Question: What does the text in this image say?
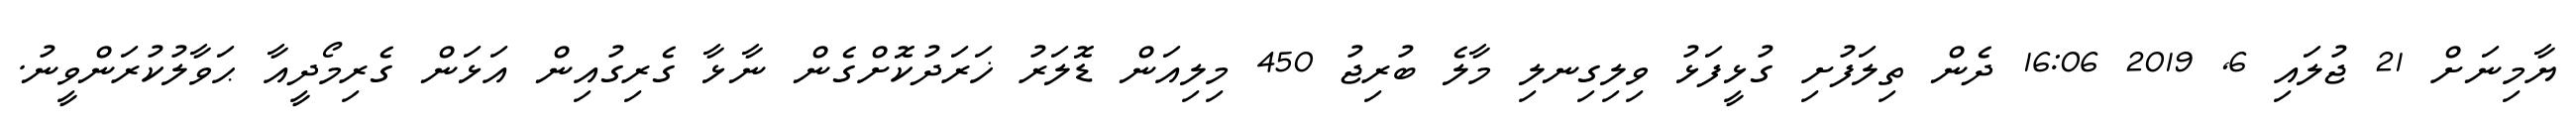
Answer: ޔާމިނަށް 21 ޖުލައި 6, 2019 16:06 ދެން ތިލަފުށި ގުޅީފަޅު ވިލިގިނލި މާލެ ބުރިޖު 450 މިލިއަން ޑޮލަރު ޚަރަދުކޮށްގެން ނާޅާ ގެރިގުއިން އަޅަން ގެރިމޯދީއާ ޙަވާލުކުރަންވީނު.